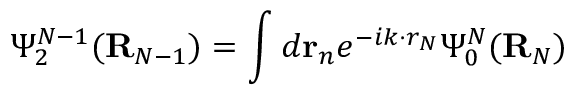
\Psi _ { 2 } ^ { N - 1 } ( { \bf R } _ { N - 1 } ) = \int d { \bf r } _ { n } e ^ { - i k \cdot r _ { N } } \Psi _ { 0 } ^ { N } ( { \bf R } _ { N } )